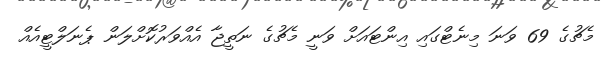
މެޗުގެ 69 ވަނަ މިނެޓްގައި އިންޓައަށް ވަނީ މެޗުގެ ނަތީޖާ އެއްވަރުކޮށްލަން ޕެނަލްޓީއެއް